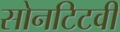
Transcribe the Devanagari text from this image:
सोनटिटवी